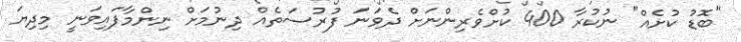
"ބޮޑު ކުށެއް" ނުކުރާ 400 ކުށްވެރިންނަށް ދެވަނަ ފުރުސަތެއް ދިނުމަށް ނިންމާފައިވަނީ މިދިޔަ